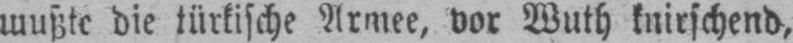
mußte die türkische Armee, vor Wuth knirschend,